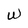
Character: W